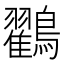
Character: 鸐